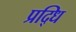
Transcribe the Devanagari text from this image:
प्रद्धि